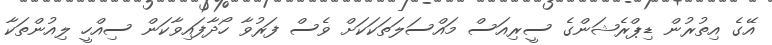
އޭގެ އިތުރުން ޑިޕްރެޝަންގެ ސީރިއަސް މައްސަލަތަކަކަށް ވެސް ފަރުވާ ހޯދާފައިވާކަން ސިއްހީ ލިއުންތަކާ